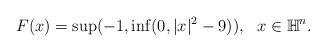
LaTeX: \begin{align*} \begin{aligned} F(x)=\sup(-1,\inf(0,|x|^2-9)),~~x\in \mathbb{H}^n. \end{aligned}\end{align*}